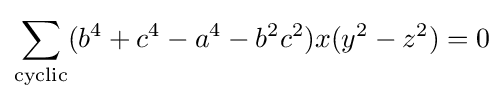
\sum _{\text{cyclic}}(b^{4}+c^{4}-a^{4}-b^{2}c^{2})x(y^{2}-z^{2})=0